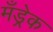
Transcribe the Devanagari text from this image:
मँड्रेक